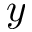
y